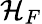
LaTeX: \mathcal{H}_{F}